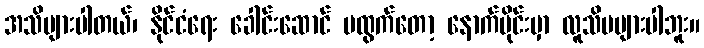
အသိများပါတယ်၊ နိုင်ငံရေး ခေါင်းဆောင် မထွက်တော့ နောက်ပိုင်းမှာ လူသိမများပါဘူး။